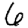
Digit: 6